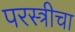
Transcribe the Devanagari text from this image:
परस्त्रीचा